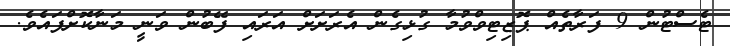
ޓެސްޓުން 9 ފަރާތެއް ޕޮޒިޓިވްވުމާ ގުޅިގެން އެރަށަށް އަރައި ފޭބުން ވަނީ މަނާކޮށްފައެވެ.